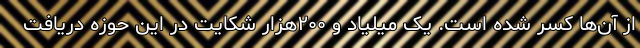
از آن‌ها کسر شده است. یک میلیاد و ۲۰۰هزار شکایت در این حوزه دریافت